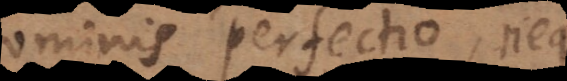
Hominis perfectio, neq